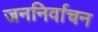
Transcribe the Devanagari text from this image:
जननिर्वाचन